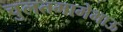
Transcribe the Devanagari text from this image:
चुलतमामेभाऊ